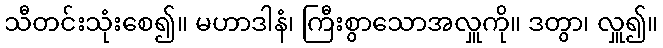
သီတင်းသုံးစေ၍။ မဟာဒါနံ၊ ကြီးစွာသောအလှူကို။ ဒတွာ၊ လှူ၍။